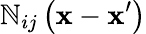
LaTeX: \mathbb{N}_{ij}\left(\mathbf{{x}}-\mathbf{{x}}^{\prime}\right)